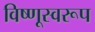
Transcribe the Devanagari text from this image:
विष्णूस्वरूप